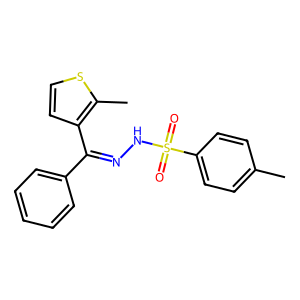
SMILES: Cc1ccc(S(=O)(=O)NN=C(c2ccccc2)c2ccsc2C)cc1
Inhibits HIV replication: No